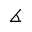
\measuredangle